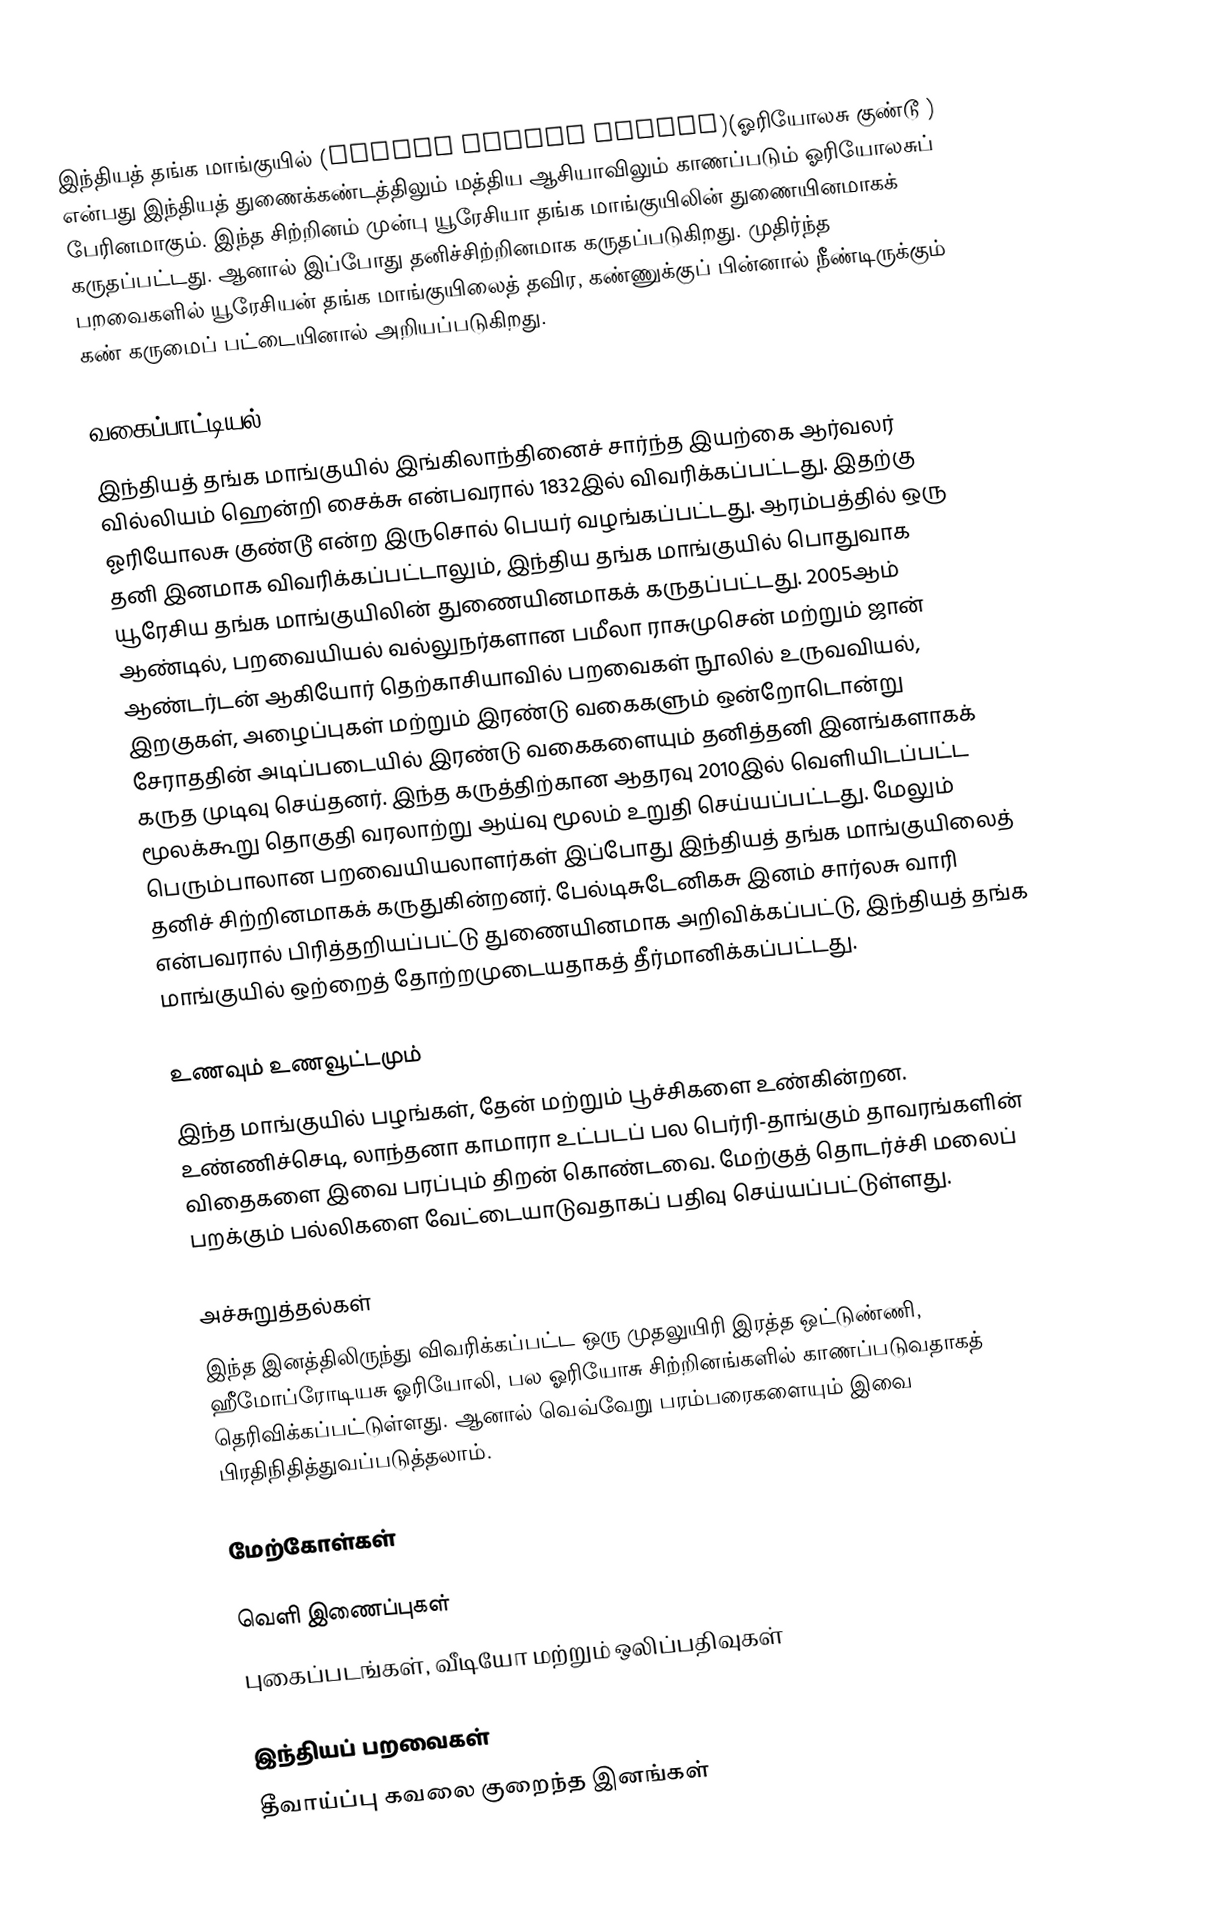
இந்தியத் தங்க மாங்குயில் (Indian golden oriole)(ஓரியோலசு குண்டூ ) என்பது இந்தியத் துணைக்கண்டத்திலும் மத்திய ஆசியாவிலும் காணப்படும் ஓரியோலசுப் பேரினமாகும். இந்த சிற்றினம் முன்பு யூரேசியா தங்க மாங்குயிலின் துணையினமாகக் கருதப்பட்டது. ஆனால் இப்போது தனிச்சிற்றினமாக கருதப்படுகிறது. முதிர்ந்த பறவைகளில் யூரேசியன் தங்க மாங்குயிலைத் தவிர, கண்ணுக்குப் பின்னால் நீண்டிருக்கும் கண் கருமைப் பட்டையினால் அறியப்படுகிறது.

வகைப்பாட்டியல்
இந்தியத் தங்க மாங்குயில் இங்கிலாந்தினைச் சார்ந்த இயற்கை ஆர்வலர் வில்லியம் ஹென்றி சைக்சு என்பவரால் 1832இல் விவரிக்கப்பட்டது. இதற்கு ஓரியோலசு குண்டூ என்ற இருசொல் பெயர் வழங்கப்பட்டது. ஆரம்பத்தில் ஒரு தனி இனமாக விவரிக்கப்பட்டாலும், இந்திய தங்க மாங்குயில் பொதுவாக யூரேசிய தங்க மாங்குயிலின் துணையினமாகக் கருதப்பட்டது. 2005ஆம் ஆண்டில், பறவையியல் வல்லுநர்களான பமீலா ராசுமுசென் மற்றும் ஜான் ஆண்டர்டன் ஆகியோர் தெற்காசியாவில் பறவைகள் நூலில் உருவவியல், இறகுகள், அழைப்புகள் மற்றும் இரண்டு வகைகளும் ஒன்றோடொன்று சேராததின் அடிப்படையில் இரண்டு வகைகளையும் தனித்தனி இனங்களாகக் கருத முடிவு செய்தனர். இந்த கருத்திற்கான ஆதரவு 2010இல் வெளியிடப்பட்ட மூலக்கூறு தொகுதி வரலாற்று ஆய்வு மூலம் உறுதி செய்யப்பட்டது. மேலும் பெரும்பாலான பறவையியலாளர்கள் இப்போது இந்தியத் தங்க மாங்குயிலைத் தனிச் சிற்றினமாகக் கருதுகின்றனர். பேல்டிசுடேனிகசு இனம் சார்லசு வாரி என்பவரால் பிரித்தறியப்பட்டு துணையினமாக அறிவிக்கப்பட்டு, இந்தியத் தங்க மாங்குயில் ஒற்றைத் தோற்றமுடையதாகத் தீர்மானிக்கப்பட்டது.

உணவும் உணவூட்டமும்
இந்த மாங்குயில் பழங்கள், தேன் மற்றும் பூச்சிகளை உண்கின்றன. உண்ணிச்செடி, லாந்தனா காமாரா உட்படப் பல பெர்ரி-தாங்கும் தாவரங்களின் விதைகளை இவை பரப்பும் திறன் கொண்டவை. மேற்குத் தொடர்ச்சி மலைப் பறக்கும் பல்லிகளை வேட்டையாடுவதாகப் பதிவு செய்யப்பட்டுள்ளது.

அச்சுறுத்தல்கள்
இந்த இனத்திலிருந்து விவரிக்கப்பட்ட ஒரு முதலுயிரி இரத்த ஒட்டுண்ணி, ஹீமோப்ரோடியசு ஓரியோலி, பல ஓரியோசு சிற்றினங்களில் காணப்படுவதாகத் தெரிவிக்கப்பட்டுள்ளது. ஆனால் வெவ்வேறு பரம்பரைகளையும் இவை பிரதிநிதித்துவப்படுத்தலாம்.

மேற்கோள்கள்

வெளி இணைப்புகள்
 புகைப்படங்கள், வீடியோ மற்றும் ஒலிப்பதிவுகள்

இந்தியப் பறவைகள்
தீவாய்ப்பு கவலை குறைந்த இனங்கள்